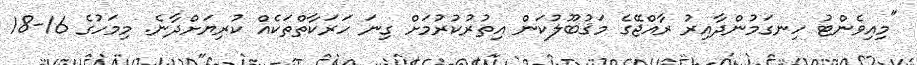
"މިއިވެންޓު ހިނގަމުންދާއިރު ރާއްޖޭގެ މަޤުބޫލުކަން އިތުރުކުރުމަށް ގިނަ ހަރަކާތްތަކެއް ކުރިޔަށްދާނެ. މިމަހުގެ 16-18